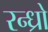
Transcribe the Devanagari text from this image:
रन्ध्रो